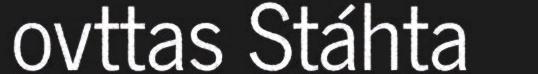
ovttas Stáhta